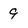
Character: 9